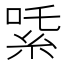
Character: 𬗍